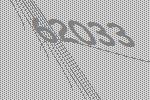
62033